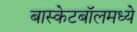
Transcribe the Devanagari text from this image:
बास्केटबॉलमध्ये